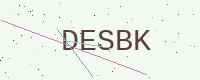
Text: DESBK